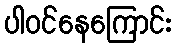
ပါဝင်နေကြောင်း